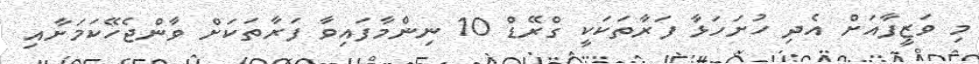
މި ވަޒީފާއަށް އެދި ހުށަހަޅާ ފަރާތަކަކީ ގްރޭޑް 10 ނިންމާފައިވާ ފަރާތަކަށް ވާންޖެހޭކަމަށާއި